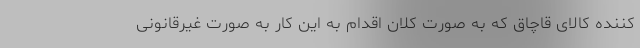
کننده کالای قاچاق که به صورت کلان اقدام به این کار به صورت غیرقانونی